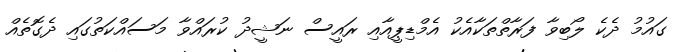
ގައުމު ދެކެ ލޯބިވާ ފަރާތްތަކާއެކު އެމްޑިޕީއާއި ރައީސް ނަޝީދު ކުރައްވާ މަސައްކަތުގައި ދެގޮތެއް